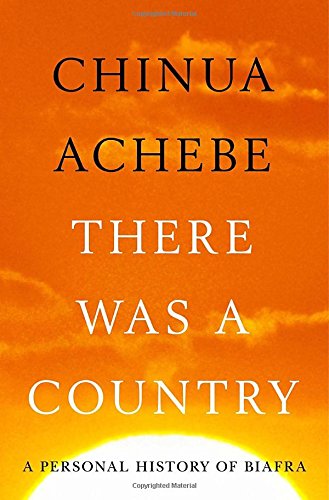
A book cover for There Was a Country: A Personal History of Biafra; Chinua Achebe; History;